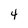
Character: 4